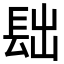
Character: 𨱦